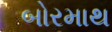
બોરમાથ